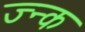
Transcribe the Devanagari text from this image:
ज्न्क